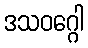
ဒသဝဂ္ဂေါ